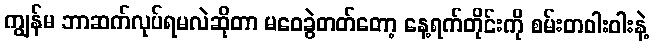
ကျွန်မ ဘာဆက်လုပ်ရမလဲဆိုတာ မဝေခွဲတတ်တော့ နေ့ရက်တိုင်းကို စမ်းတဝါးဝါးနဲ့